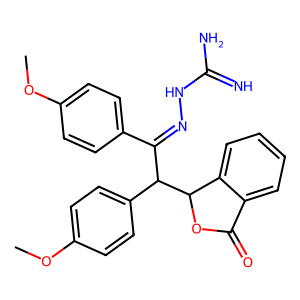
SMILES: COc1ccc(C(=NNC(=N)N)C(c2ccc(OC)cc2)C2OC(=O)c3ccccc32)cc1
Inhibits HIV replication: No